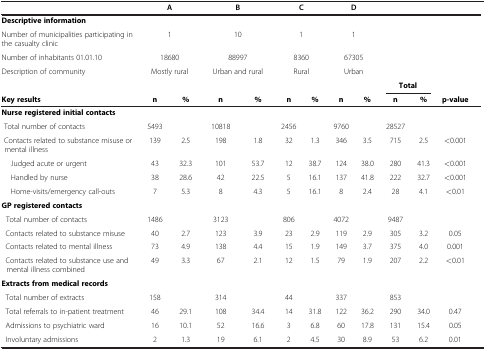
<table><thead><tr><td><b> </b></td><td colspan="2"><b>A</b></td><td colspan="2"><b>B</b></td><td colspan="2"><b>C</b></td><td colspan="2"><b>D</b></td><td><b> </b></td><td><b> </b></td><td><b> </b></td></tr></thead><tbody><tr><td><b>Descriptive information</b></td><td colspan="2"> </td><td colspan="2"> </td><td colspan="2"> </td><td colspan="2"> </td><td> </td><td> </td><td> </td></tr><tr><td>Number of municipalities participating in the casualty clinic</td><td colspan="2">1</td><td colspan="2">10</td><td colspan="2">1</td><td colspan="2">1</td><td> </td><td> </td><td> </td></tr><tr><td>Number of inhabitants 01.01.10</td><td colspan="2">18680</td><td colspan="2">88997</td><td colspan="2">8360</td><td colspan="2">67305</td><td> </td><td> </td><td> </td></tr><tr><td>Description of community</td><td colspan="2">Mostly rural</td><td colspan="2">Urban and rural</td><td colspan="2">Rural</td><td colspan="2">Urban</td><td> </td><td> </td><td> </td></tr><tr><td> </td><td> </td><td> </td><td> </td><td> </td><td> </td><td> </td><td> </td><td> </td><td colspan="2"><b>Total</b></td><td> </td><td> </td></tr><tr><td><b>Key results</b></td><td><b>n</b></td><td><b>%</b></td><td><b>n</b></td><td><b>%</b></td><td><b>n</b></td><td><b>%</b></td><td><b>n</b></td><td><b>%</b></td><td><b>n</b></td><td><b>%</b></td><td><b>p-value</b></td><td> </td></tr><tr><td><b>Nurse registered initial contacts</b></td><td> </td><td> </td><td> </td><td> </td><td> </td><td> </td><td> </td><td> </td><td> </td><td> </td><td> </td><td> </td></tr><tr><td> Total number of contacts</td><td>5493</td><td> </td><td>10818</td><td> </td><td>2456</td><td> </td><td>9760</td><td> </td><td>28527</td><td> </td><td> </td><td> </td></tr><tr><td> Contacts related to substance misuse or mental illness</td><td>139</td><td>2.5</td><td>198</td><td>1.8</td><td>32</td><td>1.3</td><td>346</td><td>3.5</td><td>715</td><td>2.5</td><td>&lt;0.001</td><td> </td></tr><tr><td>Judged acute or urgent</td><td>43</td><td>32.3</td><td>101</td><td>53.7</td><td>12</td><td>38.7</td><td>124</td><td>38.0</td><td>280</td><td>41.3</td><td>&lt;0.001</td><td> </td></tr><tr><td>Handled by nurse</td><td>38</td><td>28.6</td><td>42</td><td>22.5</td><td>5</td><td>16.1</td><td>137</td><td>41.8</td><td>222</td><td>32.7</td><td>&lt;0.001</td><td> </td></tr><tr><td>Home-visits/emergency call-outs</td><td>7</td><td>5.3</td><td>8</td><td>4.3</td><td>5</td><td>16.1</td><td>8</td><td>2.4</td><td>28</td><td>4.1</td><td>&lt;0.01</td><td> </td></tr><tr><td><b>GP registered contacts</b></td><td> </td><td> </td><td> </td><td> </td><td> </td><td> </td><td> </td><td> </td><td> </td><td> </td><td> </td><td> </td></tr><tr><td> Total number of contacts</td><td>1486</td><td> </td><td>3123</td><td> </td><td>806</td><td> </td><td>4072</td><td> </td><td>9487</td><td> </td><td> </td><td> </td></tr><tr><td> Contacts related to substance misuse</td><td>40</td><td>2.7</td><td>123</td><td>3.9</td><td>23</td><td>2.9</td><td>119</td><td>2.9</td><td>305</td><td>3.2</td><td>0.05</td><td> </td></tr><tr><td> Contacts related to mental illness</td><td>73</td><td>4.9</td><td>138</td><td>4.4</td><td>15</td><td>1.9</td><td>149</td><td>3.7</td><td>375</td><td>4.0</td><td>0.001</td><td> </td></tr><tr><td> Contacts related to substance use and mental illness combined</td><td>49</td><td>3.3</td><td>67</td><td>2.1</td><td>12</td><td>1.5</td><td>79</td><td>1.9</td><td>207</td><td>2.2</td><td>&lt;0.01</td><td> </td></tr><tr><td><b>Extracts from medical records</b></td><td> </td><td> </td><td> </td><td> </td><td> </td><td> </td><td> </td><td> </td><td> </td><td> </td><td> </td><td> </td></tr><tr><td> Total number of extracts</td><td>158</td><td> </td><td>314</td><td> </td><td>44</td><td> </td><td>337</td><td> </td><td>853</td><td> </td><td> </td><td> </td></tr><tr><td> Total referrals to in-patient treatment</td><td>46</td><td>29.1</td><td>108</td><td>34.4</td><td>14</td><td>31.8</td><td>122</td><td>36.2</td><td>290</td><td>34.0</td><td>0.47</td><td> </td></tr><tr><td> Admissions to psychiatric ward</td><td>16</td><td>10.1</td><td>52</td><td>16.6</td><td>3</td><td>6.8</td><td>60</td><td>17.8</td><td>131</td><td>15.4</td><td>0.05</td><td> </td></tr><tr><td> Involuntary admissions</td><td>2</td><td>1.3</td><td>19</td><td>6.1</td><td>2</td><td>4.5</td><td>30</td><td>8.9</td><td>53</td><td>6.2</td><td>0.01</td><td> </td></tr></tbody></table>